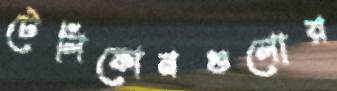
টেলিফোনগুলোর